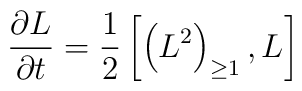
{\partial L\over \partial t} = {1\over2}\left[\left(L^{2}\right)_{\geq 1} , L \right]